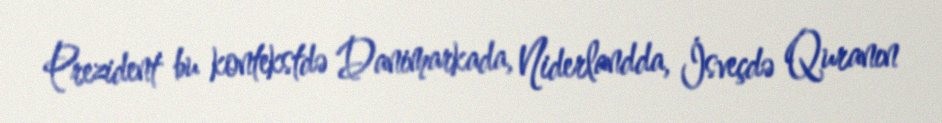
Prezident bu kontekstdə Danimarkada, Niderlandda, İsveçdə Quranın